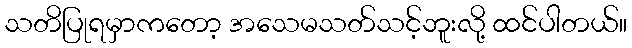
သတိပြုရမှာကတော့ အသေမသတ်သင့်ဘူးလို့ ထင်ပါတယ်။